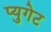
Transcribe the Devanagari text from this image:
प्युगेट